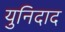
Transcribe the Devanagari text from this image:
युनिदाद